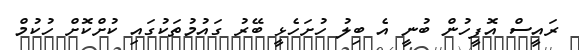
ރައީސް އޮފީހުން ބުނީ އެ ބިލު ހުށަހެޅީ ބޭރު ގައުމުތަކުގައި ކުށްކޮށް ހުކުމް